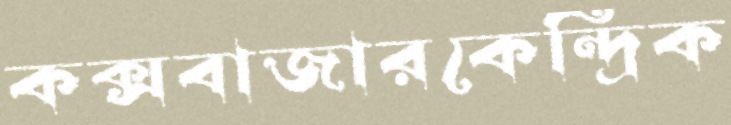
কক্সবাজারকেন্দ্রিক